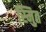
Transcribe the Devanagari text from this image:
स्मुित